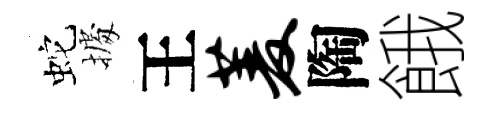
蛇𢴃王菱陶餓